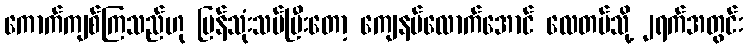
ကောက်ကျစ်ကြသည်ဟု ပြန်သုံးသပ်ပြီးတော့ ကျေနပ်လောက်အောင် လေတပ်သို့ ၂ရက်အတွင်း